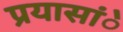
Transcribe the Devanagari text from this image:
प्रयासांे